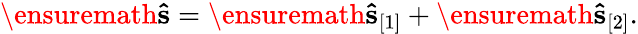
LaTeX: \begin{array}{r}{\ensuremath{\mathbf{\hat{s}}}=\ensuremath{\mathbf{\hat{s}}}_{[1]}+\ensuremath{\mathbf{\hat{s}}}_{[2]}.}\end{array}